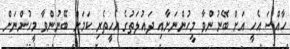
ހާއްސަ އެހީ އަށް ބޭނުންވާ މީހުންނަށާއި ދައުލަތުގެ އެހީތެރި ކަމަށް ބޭނުންވާ މީހުންނަށް